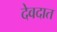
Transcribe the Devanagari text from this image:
देवदात